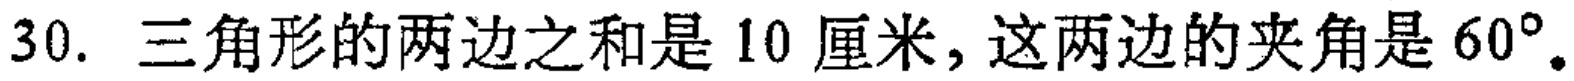
30. 三角形的两边之和是 10 厘米，这两边的夹角是 \(60^{\circ}\)。